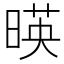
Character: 暎